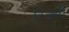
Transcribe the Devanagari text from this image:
रिक्सी